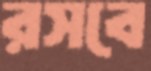
রসবে